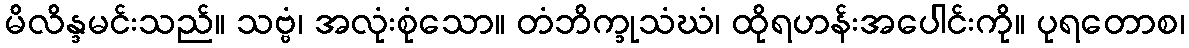
မိလိန္ဒမင်းသည်။ သဗ္ဗံ၊ အလုံးစုံသော။ တံဘိက္ခုသံဃံ၊ ထိုရဟန်းအပေါင်းကို။ ပုရတောစ၊